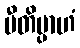
ပီတိမ္ပာဟံ